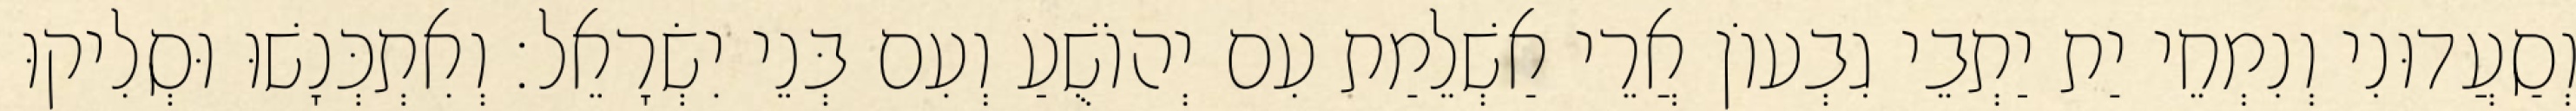
וְסַעֲדוּנִי וְנִמְחֵי יַת יַתְבֵי גִבְעוֹן אֲרֵי אַשְׁלֵמַת עִם יְהוֹשֻׁעַ וְעִם בְּנֵי יִשְׂרָאֵל׃ וְאִתְכְּנָשׁוּ וּסְלִיקוּ